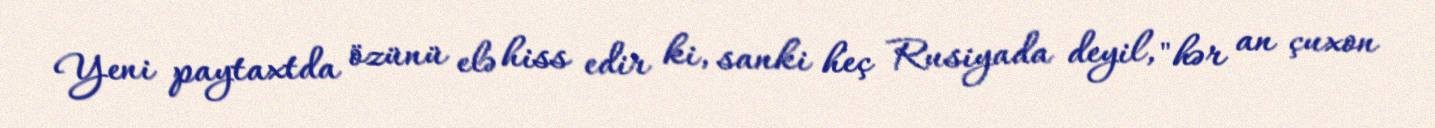
Yeni paytaxtda özünü elə hiss edir ki, sanki heç Rusiyada deyil, "hər an çuxon